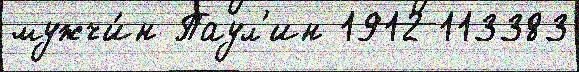
мужчи́н Паул'ин 1912 113383